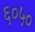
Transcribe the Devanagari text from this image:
६०५०